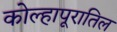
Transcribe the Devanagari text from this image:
कोल्हापूरातिल